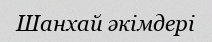
Шанхай әкімдері